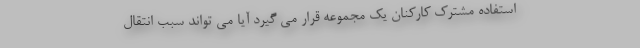
استفاده مشترک کارکنان یک مجموعه قرار می گیرد آیا می تواند سبب انتقال